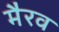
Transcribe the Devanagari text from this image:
मैरव